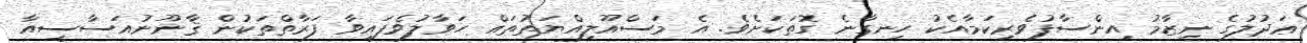
ޢަދުލުގެ ނިޒާމު އިންސާފުވެރިކަމާއެކު ހިނގާނެ ގޮތަކަށެވެ. އެ މަސްއޫލިއްޔަތުތައް ހަވާލުވެފައިވާ ފަރާތްތަކުން ޤާނޫނުއަސާސީއާ